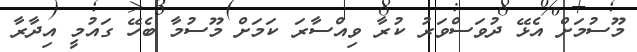
މޫސުމަށް އެޅޭ ދުވަސްވަރު ކުރާ ވިއްސާރަ ކަމަށް މޫސުމާ ބެހޭ ގައުމީ އިދާރާ